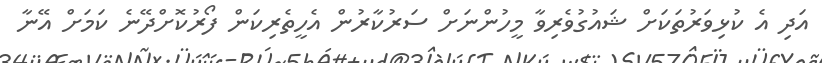
އަދި އެ ކުޅިވަރުތަކަށް ޝައުގުވެރިވާ މީހުންނަށް ސަރުކާރުން އެހީތެރިކަން ފޯރުކޮށްދޭނެ ކަމަށް އޭނާ